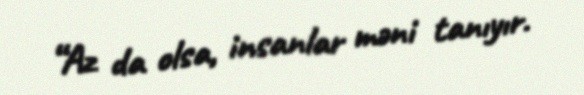
“Az da olsa, insanlar məni tanıyır.